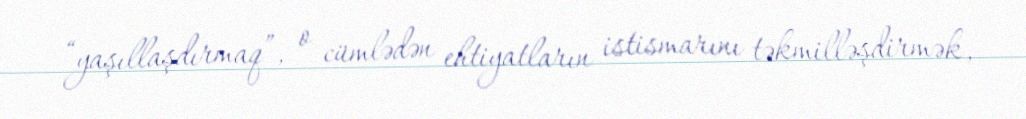
“yaşıllaşdırmaq”, o cümlədən ehtiyatların istismarını təkmilləşdirmək,